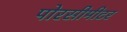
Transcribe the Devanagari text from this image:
पोरसीमीटर